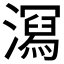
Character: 𭲧